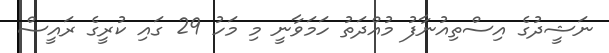
ނަޝީދުގެ އިސްތިއުނާފު މުއްދަތު ހަމަވާނީ މި މަހު 29 ގައި ކުރީގެ ރައީސް